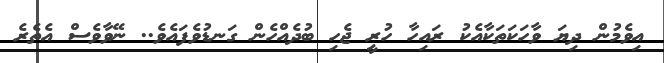
އިވެމުން ދިޔަ ވާހަކަތަކާއެކު ރައިހާ ހުރީ ޖެހި ބުދެއްހެން ގަނޑުވެފައެވެ.. ނޭވާވެސް އެތެރެ